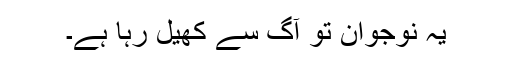
یہ نوجوان تو آگ سے کھیل رہا ہے۔